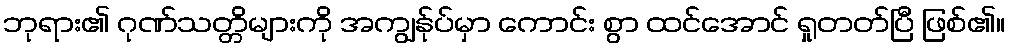
ဘုရား၏ ဂုဏ်သတ္တိများကို အကျွန်ုပ်မှာ ကောင်း စွာ ထင်အောင် ရှုတတ်ပြီ ဖြစ်၏။